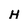
Character: H